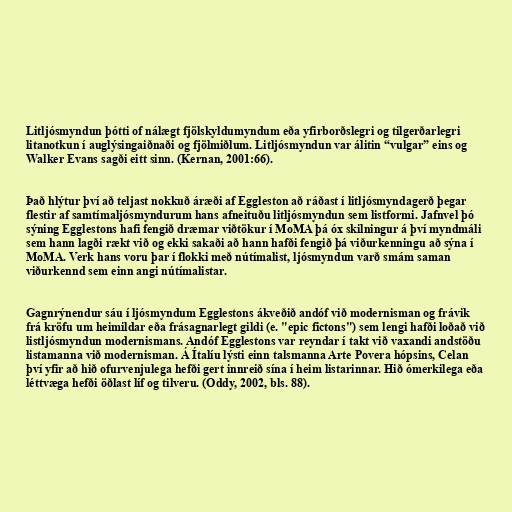
Litljósmyndun þótti of nálægt fjölskyldumyndum eða yfirborðslegri og tilgerðarlegri
litanotkun í auglýsingaiðnaði og fjölmiðlum. Litljósmyndun var álitin “vulgar” eins og
Walker Evans sagði eitt sinn. (Kernan, 2001:66).

Það hlýtur því að teljast nokkuð áræði af Eggleston að ráðast í litljósmyndagerð þegar
flestir af samtímaljósmyndurum hans afneituðu litljósmyndun sem listformi. Jafnvel þó
sýning Egglestons hafi fengið dræmar viðtökur í MoMA þá óx skilningur á því myndmáli
sem hann lagði rækt við og ekki sakaði að hann hafði fengið þá viðurkenningu að sýna í
MoMA. Verk hans voru þar í flokki með nútímalist, ljósmyndun varð smám saman
viðurkennd sem einn angi nútímalistar.

Gagnrýnendur sáu í ljósmyndum Egglestons ákveðið andóf við modernisman og frávik
frá kröfu um heimildar eða frásagnarlegt gildi (e. "epic fictons") sem lengi hafði loðað við
listljósmyndun modernismans. Andóf Egglestons var reyndar í takt við vaxandi andstöðu
listamanna við modernisman. Á Ítalíu lýsti einn talsmanna Arte Povera hópsins, Celan
því yfir að hið ofurvenjulega hefði gert innreið sína í heim listarinnar. Hið ómerkilega eða
léttvæga hefði öðlast líf og tilveru. (Oddy, 2002, bls. 88).